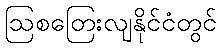
ဩစတြေးလျနိုင်ငံတွင်